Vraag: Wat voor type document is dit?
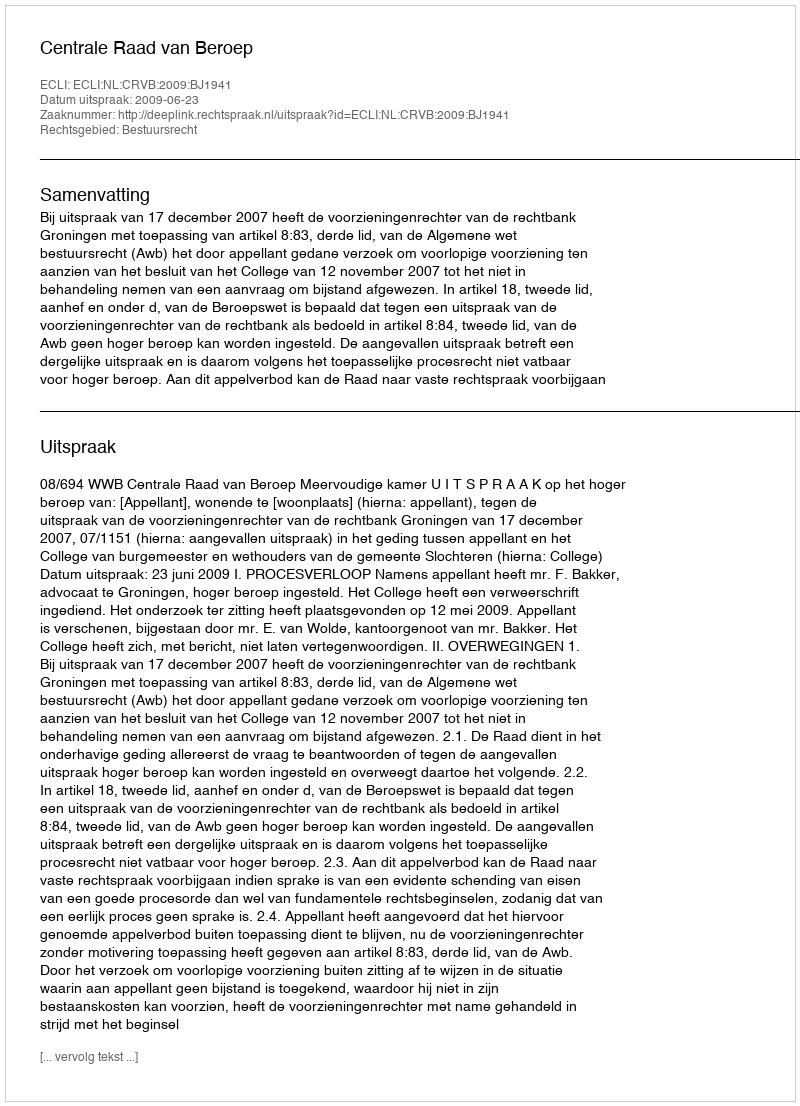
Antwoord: Uitspraak